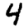
Digit: 4